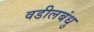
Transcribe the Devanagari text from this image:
वडीलबंधु